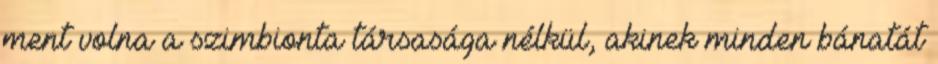
ment volna a szimbionta társasága nélkül, akinek minden bánatát